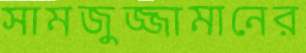
সামজুজ্জামানের